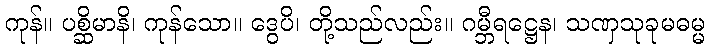
ကုန်။ ပစ္ဆိမာနိ၊ ကုန်သော။ ဒွေပိ၊ တို့သည်လည်း။ ဂမ္ဘီရဋ္ဌေန၊ သဏှသုခုမဓမ္မ